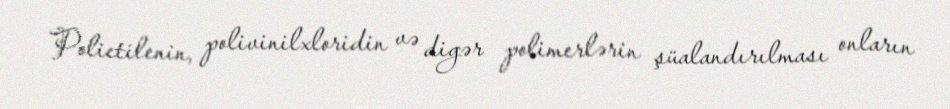
Polietilenin, polivinilxloridin və digər polimerlərin şüalandırılması onların